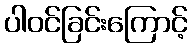
ပါဝင်ခြင်းကြောင့်